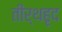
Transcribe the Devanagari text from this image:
तीर्थहृद